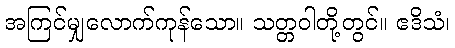
အကြင်မျှလောက်ကုန်သော။ သတ္တဝါတို့တွင်။ ဧဒိသံ၊